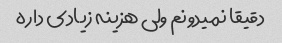
دقیقا نمیدونم ولی هزینه زیادی داره